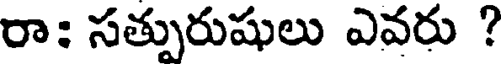
రా: సత్పురుషులు ఎవరు ?